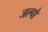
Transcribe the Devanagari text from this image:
जल्पो